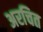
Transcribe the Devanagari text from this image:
अरचित